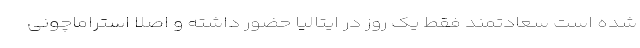
شده است سعادتمند فقط یک روز در ایتالیا حضور داشته و اصلا استراماچونی